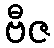
ဗီဇ